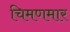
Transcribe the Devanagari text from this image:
चिमणमार